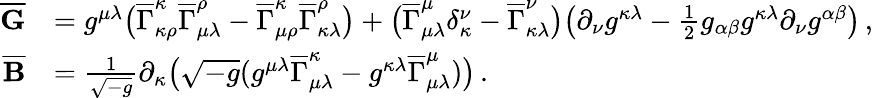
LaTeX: \begin{array}{rl}{\overline{{\mathbf{G}}}}&{=g^{\mu\lambda}\big(\overline{{\Gamma}}_{\kappa\rho}^{\kappa}\overline{{\Gamma}}_{\mu\lambda}^{\rho}-\overline{{\Gamma}}_{\mu\rho}^{\kappa}\overline{{\Gamma}}_{\kappa\lambda}^{\rho}\big)+\big(\overline{{\Gamma}}_{\mu\lambda}^{\mu}\delta_{\kappa}^{\nu}-\overline{{\Gamma}}_{\kappa\lambda}^{\nu}\big)\big(\partial_{\nu}g^{\kappa\lambda}-\frac{1}{2}g_{\alpha\beta}g^{\kappa\lambda}\partial_{\nu}g^{\alpha\beta}\big)\, ,}\\ {\overline{{\mathbf{B}}}}&{=\frac{1}{\sqrt{-g}}\partial_{\kappa}\big(\sqrt{-g}(g^{\mu\lambda}\overline{{\Gamma}}_{\mu\lambda}^{\kappa}-g^{\kappa\lambda}\overline{{\Gamma}}_{\mu\lambda}^{\mu})\big)\, .}\end{array}